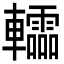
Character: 䡼